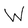
Character: W